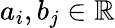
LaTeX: a_{i},b_{j}\in\mathbb{R}